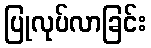
ပြုလုပ်လာခြင်း